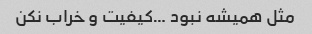
مثل همیشه نبود …کیفیت و خراب نکن